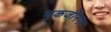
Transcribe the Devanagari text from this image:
मुकर्जीनगर